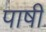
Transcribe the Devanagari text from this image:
पाषी